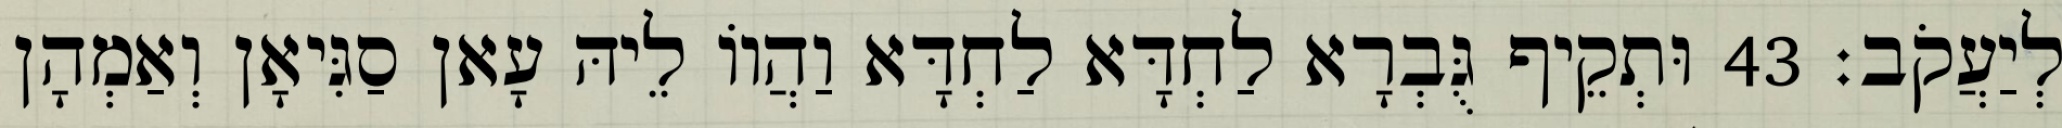
לְיַעֲקֹב׃ 43 וּתְקֵיף גֻּבְרָא לַחְדָּא לַחְדָּא וַהֲווֹ לֵיהּ עָאן סַגִּיאָן וְאַמְהָן